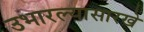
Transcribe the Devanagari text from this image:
उभारल्यासारखे